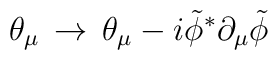
\theta_\mu \,\to \, \theta_\mu - i {\tilde \phi}^* \partial_\mu {\tilde \phi}